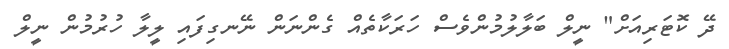
ދޭ ކޮޓަރިއަށް" ނީލް ބަލާލުމުންވެސް ހަރަކާތެއް ގެންނަން ނޭނގިފައި ލީލާ ހުރުމުން ނީލް